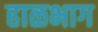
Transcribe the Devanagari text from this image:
हाळभाग